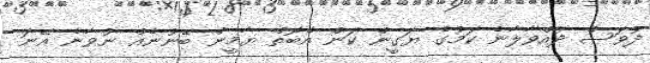
ދުވަސް ދުއްވާލާނެ ކަމުގެ ޔަގީން ކަން އެބޮތް ޔާމީން ބޭނުނެއް ނުވާނެ އޭނަ